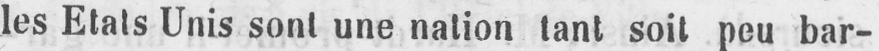
les Etats Unis sont une nation tant soit peu bar-